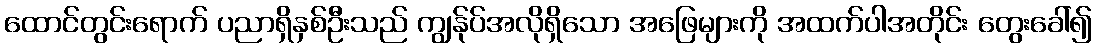
ထောင်တွင်းရောက် ပညာရှိနှစ်ဦးသည် ကျွန်ုပ်အလိုရှိသော အဖြေများကို အထက်ပါအတိုင်း တွေးခေါ်၍